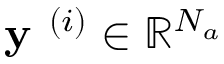
\textbf { y } ^ { ( i ) } \in \mathbb { R } ^ { N _ { a } }